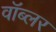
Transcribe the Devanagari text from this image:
वॉब्लर